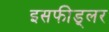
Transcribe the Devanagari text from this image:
इसफीड्लर